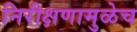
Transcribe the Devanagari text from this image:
निरीक्षणामुळेच